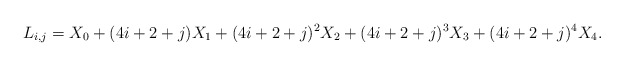
\begin{align*}L_{i,j} = X_0 + (4i+2+j) X_1 + (4i+2+j)^2 X_2 + (4i+2+j)^3 X_3 + (4i+2+j)^4 X_4. \end{align*}